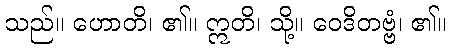
သည်။ ဟောတိ၊ ၏။ ဣတိ၊ သို့။ ဝေဒိတဗ္ဗံ၊ ၏။